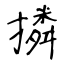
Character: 撛